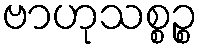
ဗာဟုသစ္စဉ္စ